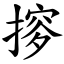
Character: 摉